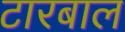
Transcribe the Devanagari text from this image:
टारबाल